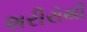
શરીરોથી